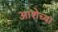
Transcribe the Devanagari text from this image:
आशेच्या